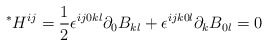
\begin{align*}{}^*H^{ij}=\frac{1}{2}\epsilon^{ij0kl}\partial_0B_{kl}+\epsilon^{ijk0l}\partial_k B_{0l}=0\end{align*}